Subject: cs
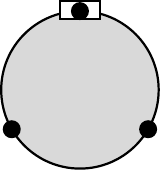
LaTeX code:
\begin{tikzpicture}

    \node[draw, circle, minimum size=2cm, thick, fill=gray!30] (base_station) at (0, 0) {};
    \node[draw, rectangle, minimum width=0.5cm, minimum height=0.1cm, thick, fill=white] at (base_station.north) {};

    \foreach \angle in {90, 210, 330} {
        \draw[thick] (base_station.\angle) -- (\angle:1cm);
        \draw[thick, fill=black] (\angle:1cm) circle (0.1cm);
    }
\end{tikzpicture}